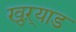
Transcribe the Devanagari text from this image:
खुऱ्याड